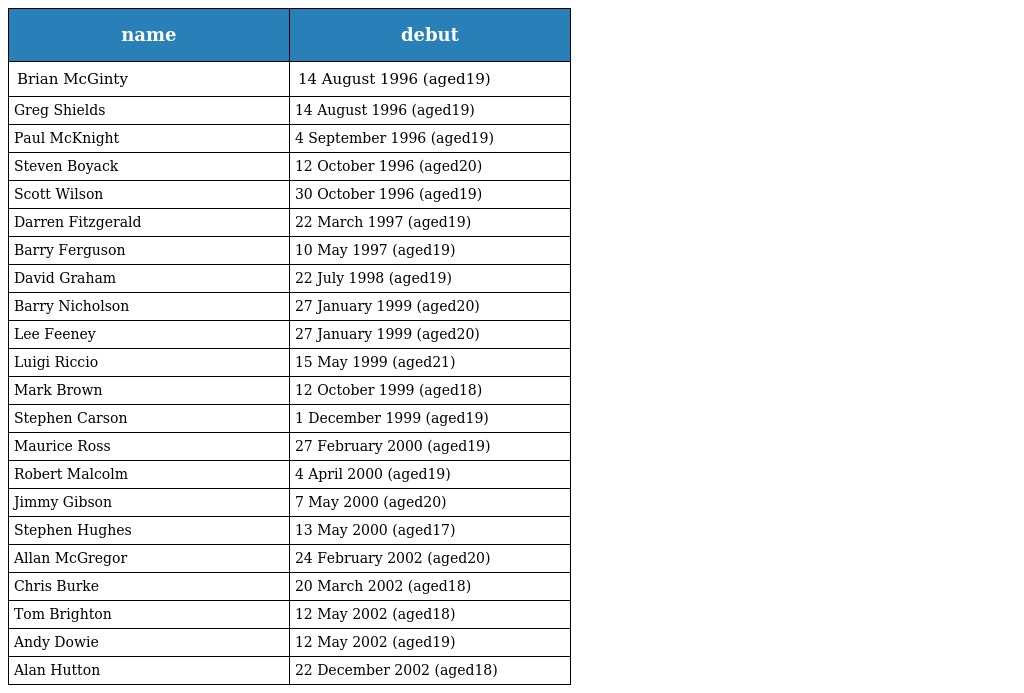
| name | debut |
 | --- | --- |
 | Brian McGinty | 14 August 1996 (aged19) |
 | Greg Shields | 14 August 1996 (aged19) |
 | Paul McKnight | 4 September 1996 (aged19) |
 | Steven Boyack | 12 October 1996 (aged20) |
 | Scott Wilson | 30 October 1996 (aged19) |
 | Darren Fitzgerald | 22 March 1997 (aged19) |
 | Barry Ferguson | 10 May 1997 (aged19) |
 | David Graham | 22 July 1998 (aged19) |
 | Barry Nicholson | 27 January 1999 (aged20) |
 | Lee Feeney | 27 January 1999 (aged20) |
 | Luigi Riccio | 15 May 1999 (aged21) |
 | Mark Brown | 12 October 1999 (aged18) |
 | Stephen Carson | 1 December 1999 (aged19) |
 | Maurice Ross | 27 February 2000 (aged19) |
 | Robert Malcolm | 4 April 2000 (aged19) |
 | Jimmy Gibson | 7 May 2000 (aged20) |
 | Stephen Hughes | 13 May 2000 (aged17) |
 | Allan McGregor | 24 February 2002 (aged20) |
 | Chris Burke | 20 March 2002 (aged18) |
 | Tom Brighton | 12 May 2002 (aged18) |
 | Andy Dowie | 12 May 2002 (aged19) |
 | Alan Hutton | 22 December 2002 (aged18) |